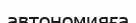
автономияға